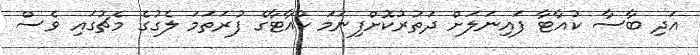
އަދި ބާސާ ކުއާޓާ ފައިނަލަށް ދަތުރުކޮށްފިނަމަ ކުއާޓާގެ ފުރަތަމަ ލެގުގެ މެޗުގައި ވެސް